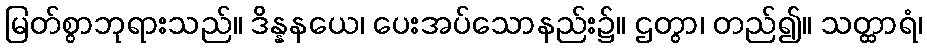
မြတ်စွာဘုရားသည်။ ဒိန္နနယေ၊ ပေးအပ်သောနည်း၌။ ဌတွာ၊ တည်၍။ သတ္ထာရံ၊